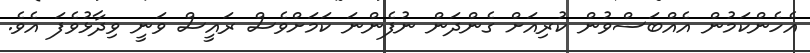
އެހެންކަމުން އެއްބަސްވުން ކުރިއަށް ގެންދަން ނުފެންނަ ކަމަށްވެސް ރައީސް ވަނީ ވިދާޅުވެފަ އެވެ.